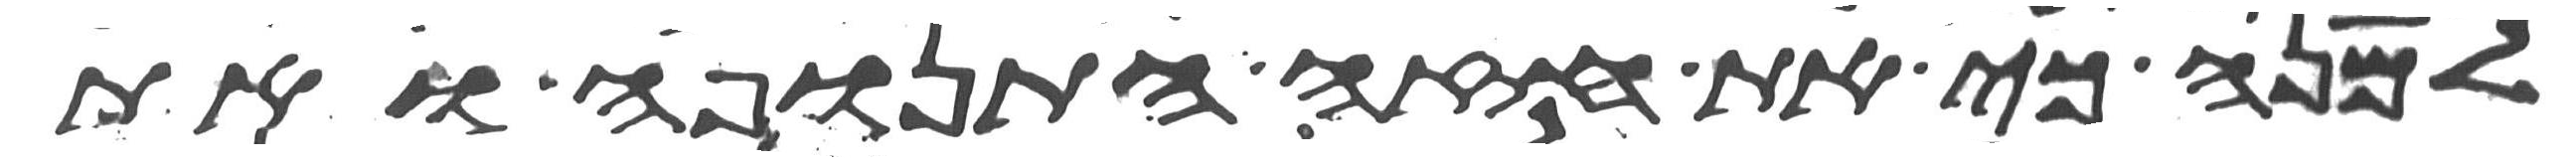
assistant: למנה כי את חזה התנופה ואת